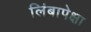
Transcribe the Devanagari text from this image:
लिंबापेक्षा